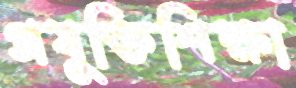
প্রযুক্তিশিক্ষা